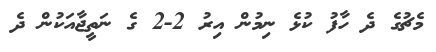
މެޗުގެ ދެ ހާފު ކުޅެ ނިމުން އިރު 2-2 ގެ ނަތީޖާއަކުން ދެ